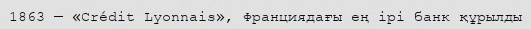
1863 — «Crédit Lyonnais», Франциядағы ең iрi банк құрылды